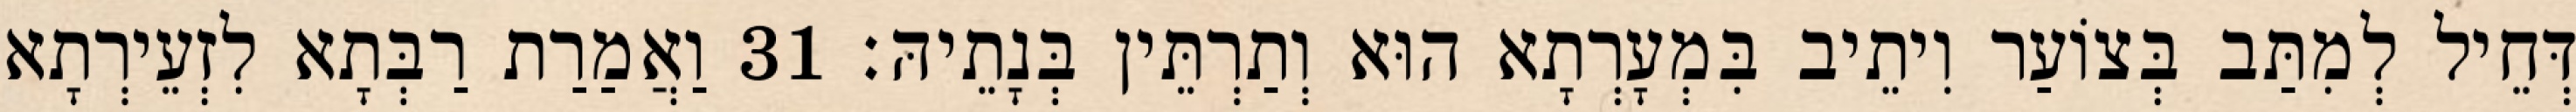
דְּחֵיל לְמִתַּב בְּצוֹעַר וִיתֵיב בִּמְעָרְתָא הוּא וְתַרְתֵּין בְּנָתֵיהּ׃ 31 וַאֲמַרַת רַבְּתָא לִזְעֵירְתָא